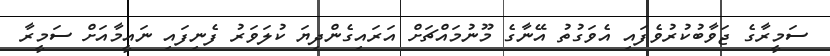
ސަމީރާގެ ޖަވާބުކުރުވެފައި އެވަގުތު އޭނާގެ މޫނުމައްޗަށް އަރައިގެންދިޔަ ކުލަވަރު ފެނިފައި ނައީމާއަށް ސަމީރާ